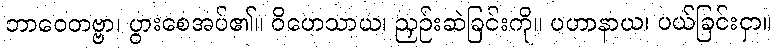
ဘာဝေတဗ္ဗာ၊ ပွားစေအပ်၏။ ဝိဟေသာယ၊ ညှဉ်းဆဲခြင်းကို။ ပဟာနာယ၊ ပယ်ခြင်းငှာ။